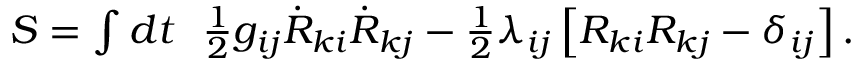
\begin{array} { r } { S = \int d t ~ ~ \frac 1 2 g _ { i j } \dot { R } _ { k i } \dot { R } _ { k j } - \frac 1 2 \lambda _ { i j } \left[ R _ { k i } R _ { k j } - \delta _ { i j } \right] . } \end{array}